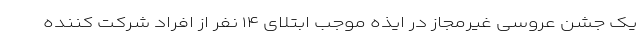
یک جشن عروسی غیرمجاز در ایذه موجب ابتلای ۱۴ نفر از افراد شرکت کننده